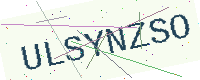
Text: ULSYNZSO